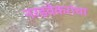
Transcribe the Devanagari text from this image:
नरडवेकरांचा